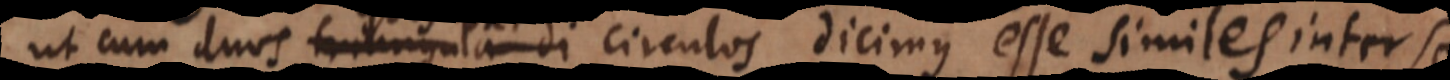
cum duo triangula di circulos dicimus esse similes inter se